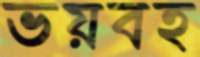
ভয়বহ